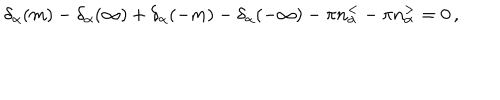
\delta _ { \alpha } ( m ) - \delta _ { \alpha } ( \infty ) + \delta _ { \alpha } ( - m ) - \delta _ { \alpha } ( - \infty ) - \pi n _ { \alpha } ^ { < } - \pi n _ { \alpha } ^ { > } = 0 \, ,